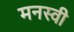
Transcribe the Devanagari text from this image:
मनस्‍वी